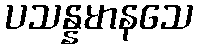
ပသန္နမာနသေ